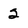
Character: 2